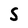
Character: S